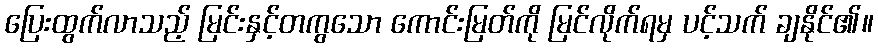
ပြေးထွက်လာသည့် မြင်းနှင့်တကွသော ကောင်းမြတ်ကို မြင်လိုက်ရမှ ပင့်သက် ချနိုင်၏။